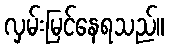
လှမ်းမြင်နေရသည်။